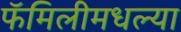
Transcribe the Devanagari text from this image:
फॅमिलीमधल्या